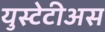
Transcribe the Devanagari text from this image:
युस्टेटीअस